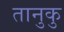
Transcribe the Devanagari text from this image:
तानुकु